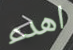
اهدء